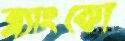
ব্ল্যাংকো